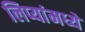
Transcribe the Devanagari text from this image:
लिप्यांमध्ये